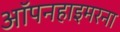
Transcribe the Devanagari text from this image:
ऑपनहाइमरना